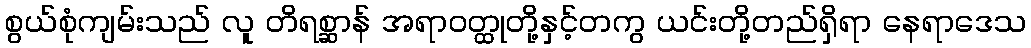
စွယ်စုံကျမ်းသည် လူ တိရစ္ဆာန် အရာဝတ္ထုတို့နှင့်တကွ ယင်းတို့တည်ရှိရာ နေရာဒေသ